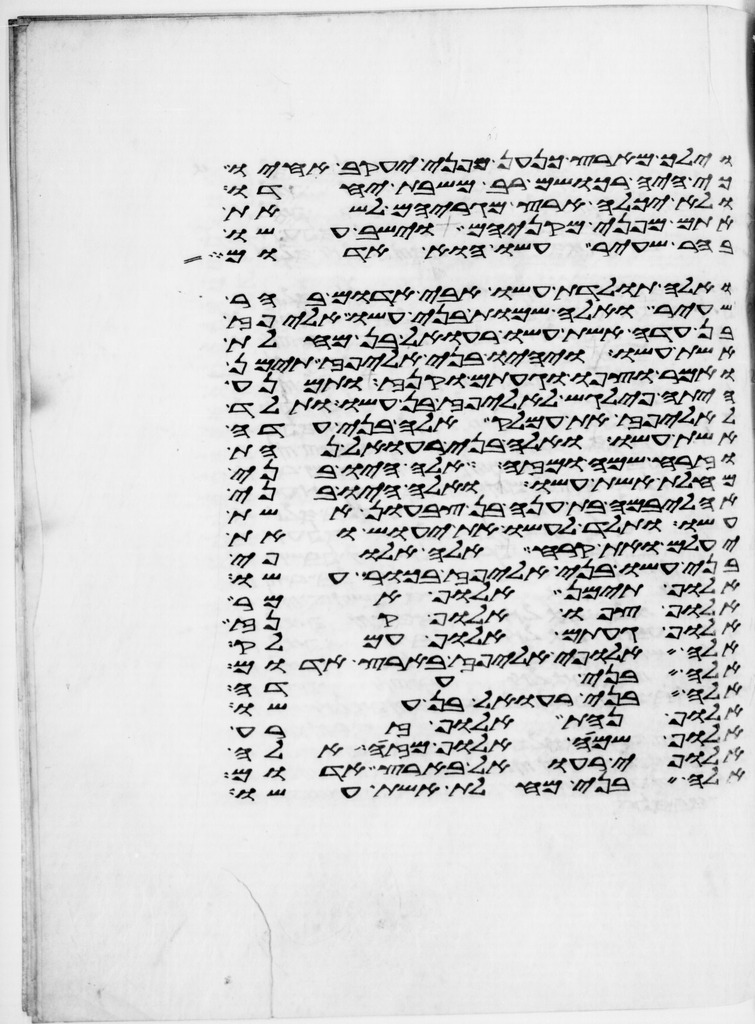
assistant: וילך מארץ כנען מפני יעקב אחיו
כי היה רכושם רב משבת יחדו
ולא יכלה ארץ מגריהם לשאת
אתם מפני מקניהם וישב עשו
בהר שעיר עשו הוא אדום
ואלה תולדת עשו אבי אדום בהר
שעיר ואלה שמות בני עשו אליפז
בן עדה אשת עשו רעואל בן מחלת
אשת עשו ויהיו בני אליפז תימן
ואמר וצפו וגעתם וקנז ותמנע
היתה פילגש לאליפז בן עשו ותלד
לאליפז את עמלק אלה בני עדה
אשת עשו ואלה בני רעואל נחת
וזרח שמח ומזה אלה היו בני
מחלת אשת עשו ואלה היו בני
אהליבמה בת ענה בן צבעון אשת
עשו ותלד לעשו את יעוש ואת
יעלם ואת קרח אלה אלופי
בני עשו בני אליפז בכור עשו
אלוף תימן אלוף אמר
אלוף צפו אלוף קנז
אלוף געתם אלוף עמלק
אלה אלופי אליפז בארץ אדום
אלה בני עדה
ואלה בני רעואל בן עשו
אלוף נחת אלוף זרח
אלוף שמח אלוף מזה אלה
אלופי רעואל בארץ אדום
אלה בני מחלת אשת עשו